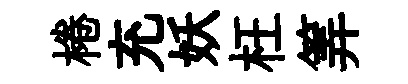
棬充妖枉筭